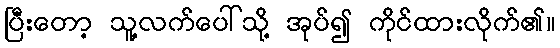
ပြီးတော့ သူ့လက်ပေါ်သို့ အုပ်၍ ကိုင်ထားလိုက်၏။